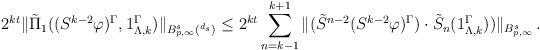
LaTeX: \begin{align*} 2^{k t} & \|\tilde \Pi_1((S^{k-2} \varphi )^\Gamma, 1_{\Lambda,k}^\Gamma) \|_{B^s_{p,\infty}(\real^{d_s})}\le 2^{k t} \sum_{n=k-1}^{k+1} \|(\tilde S^{n-2} (S^{k-2} \varphi)^\Gamma) \cdot \tilde S_n(1_{\Lambda,k}^\Gamma)) \|_{B^s_{p,\infty}} \, . \end{align*}